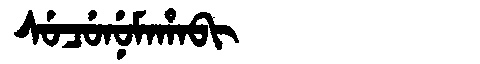
Manchu: ᠰᡠᠴᡠᠨᡠᠮᠠᡥᠠᠪᡳ
Romanization: SUCUNUMAHABI